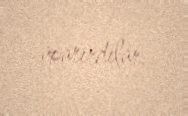
aparırdılar.